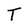
Character: T